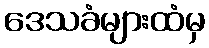
ဒေသခံများထံမှ